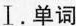
I.单词